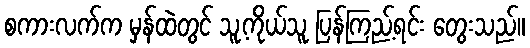
စကားလက်က မှန်ထဲတွင် သူ့ကိုယ်သူ ပြန်ကြည့်ရင်း တွေးသည်။